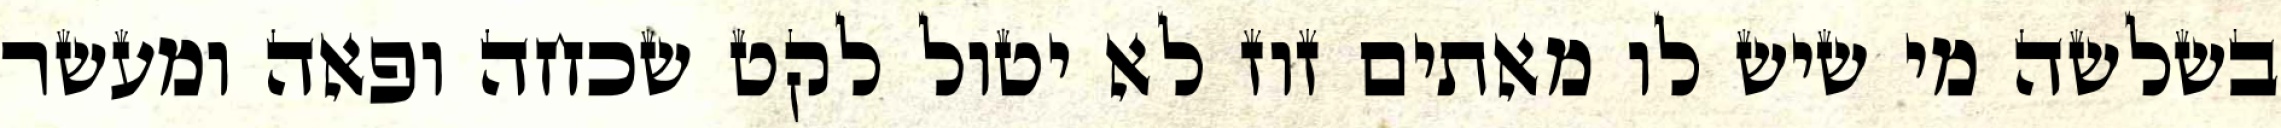
בשלשה מי שיש לו מאתים זוז לא יטול לקט שכחה ופאה ומעשר